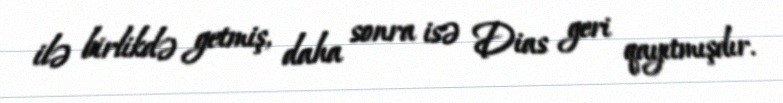
ilə birlikdə getmiş, daha sonra isə Dias geri qayıtmışdır.